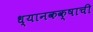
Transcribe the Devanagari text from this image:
ध्यानकक्षाची